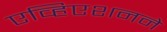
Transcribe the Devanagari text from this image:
एव्हिएशनने